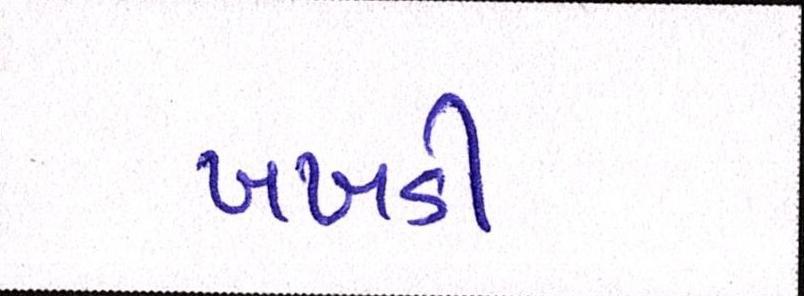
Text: ખખડી